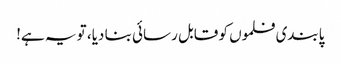
پابندی فلموں کو قابل رسائی بنا دیا، تو یہ ہے!